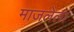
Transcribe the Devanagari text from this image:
माजलेला